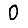
Digit: 0